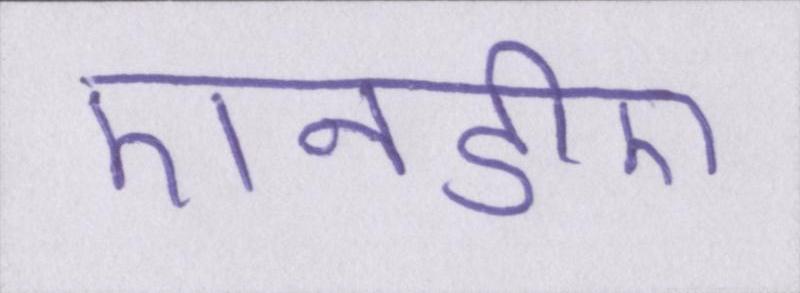
एनडीए